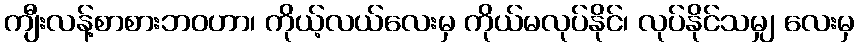
ကျီးလန့်စာစားဘဝဟာ၊ ကိုယ့်လယ်လေးမှ ကိုယ်မလုပ်နိုင်၊ လုပ်နိုင်သမျှ လေးမှ